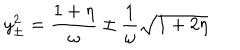
LaTeX: y _ { \pm } ^ { 2 } = { \frac { 1 + \eta } { \omega } } \pm { \frac { 1 } { \omega } } \sqrt { 1 + 2 \eta }